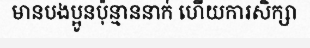
មានបងប្អូនប៉ុន្មាននាក់ ហើយការសិក្សា